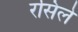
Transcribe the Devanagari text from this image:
रसिले